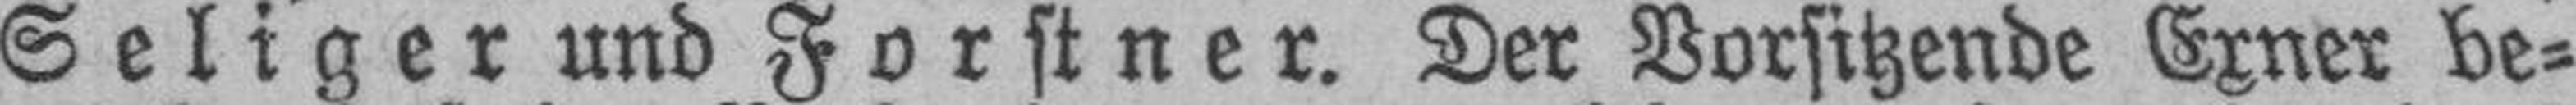
Seliger und Forstner. Der Vorsitzende Exner be¬